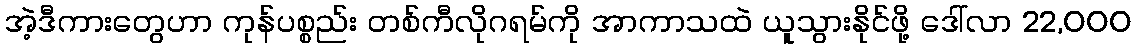
အဲ့ဒီကားတွေဟာ ကုန်ပစ္စည်း တစ်ကီလိုဂရမ်ကို အာကာသထဲ ယူသွားနိုင်ဖို့ ဒေါ်လာ 22,000